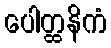
ပေါတ္ထနိကံ